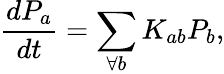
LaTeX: \frac{dP_{a}}{dt}=\sum_{\forall b}K_{ab}P_{b},